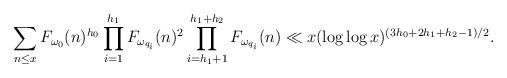
LaTeX: \begin{align*}\sum_{n \leq x} F_{\omega_0}(n)^{h_0} \prod_{i = 1}^{h_1} F_{\omega_{q_i}}(n)^2 \prod_{i = h_1 + 1}^{h_1 + h_2} F_{\omega_{q_i}}(n) \ll x (\log\log x)^{(3h_0 + 2h_1 + h_2 - 1)/2}.\end{align*}